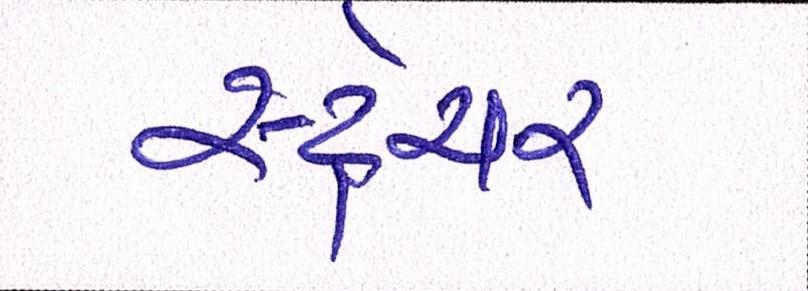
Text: સ્ટ્રેચર